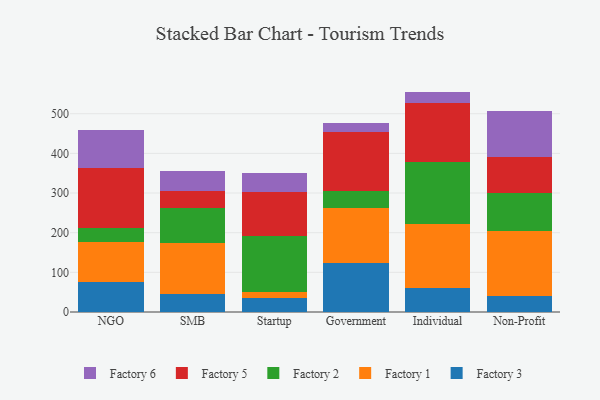
{"axis": {"x": "Segment", "y": "Page Views"}, "legend": ["Factory 1", "Factory 2", "Factory 3", "Factory 5", "Factory 6"], "data": [{"x": "NGO", "y": 74.6, "type": "Factory 3"}, {"x": "NGO", "y": 102.1, "type": "Factory 1"}, {"x": "NGO", "y": 36.3, "type": "Factory 2"}, {"x": "NGO", "y": 150.8, "type": "Factory 5"}, {"x": "NGO", "y": 94.0, "type": "Factory 6"}, {"x": "SMB", "y": 44.8, "type": "Factory 3"}, {"x": "SMB", "y": 129.1, "type": "Factory 1"}, {"x": "SMB", "y": 89.0, "type": "Factory 2"}, {"x": "SMB", "y": 43.4, "type": "Factory 5"}, {"x": "SMB", "y": 48.4, "type": "Factory 6"}, {"x": "Startup", "y": 36.5, "type": "Factory 3"}, {"x": "Startup", "y": 14.6, "type": "Factory 1"}, {"x": "Startup", "y": 140.8, "type": "Factory 2"}, {"x": "Startup", "y": 110.0, "type": "Factory 5"}, {"x": "Startup", "y": 47.8, "type": "Factory 6"}, {"x": "Government", "y": 122.6, "type": "Factory 3"}, {"x": "Government", "y": 139.6, "type": "Factory 1"}, {"x": "Government", "y": 43.4, "type": "Factory 2"}, {"x": "Government", "y": 148.4, "type": "Factory 5"}, {"x": "Government", "y": 23.4, "type": "Factory 6"}, {"x": "Individual", "y": 60.9, "type": "Factory 3"}, {"x": "Individual", "y": 160.7, "type": "Factory 1"}, {"x": "Individual", "y": 157.4, "type": "Factory 2"}, {"x": "Individual", "y": 149.0, "type": "Factory 5"}, {"x": "Individual", "y": 27.8, "type": "Factory 6"}, {"x": "Non-Profit", "y": 39.2, "type": "Factory 3"}, {"x": "Non-Profit", "y": 166.3, "type": "Factory 1"}, {"x": "Non-Profit", "y": 94.5, "type": "Factory 2"}, {"x": "Non-Profit", "y": 90.4, "type": "Factory 5"}, {"x": "Non-Profit", "y": 115.6, "type": "Factory 6"}]}